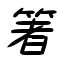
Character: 箸